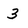
Character: 3